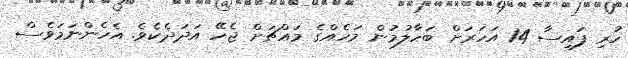
ހުރި ފައިސާ 14 އަހަރަށް ބަހާލުމުން މަހެއްގެ މައްޗަށް ޖެހޭ އަދަދެކެވެ. އެހެންނަމަވެސް